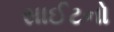
સાઈટનો